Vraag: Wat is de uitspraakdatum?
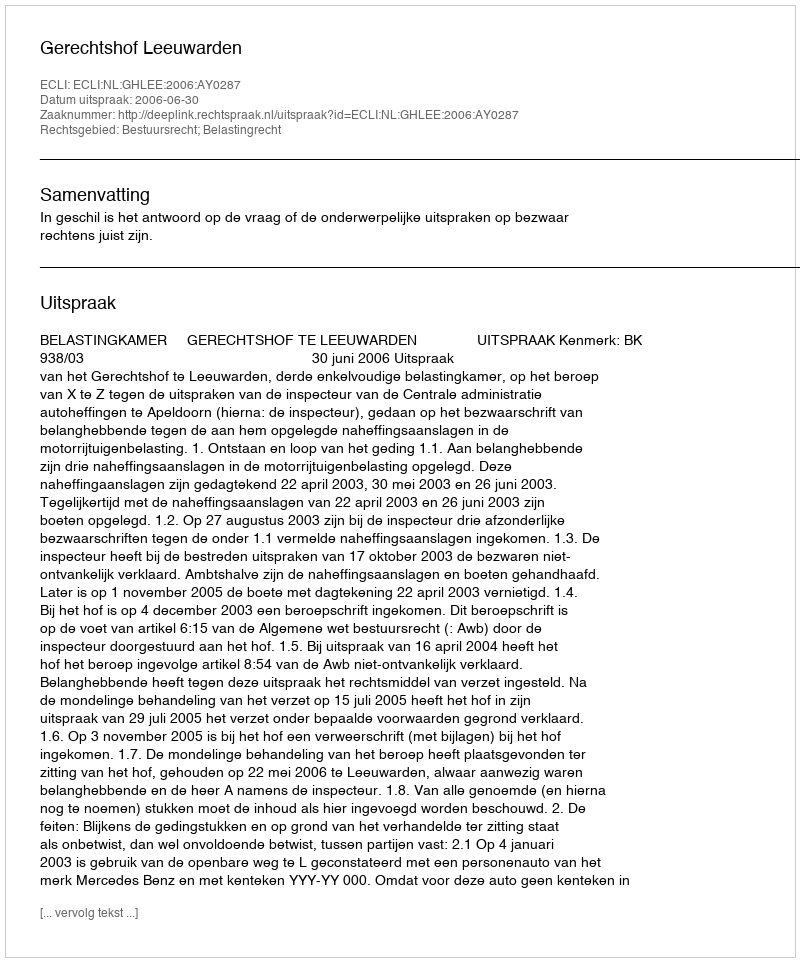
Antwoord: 2006-06-30